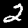
Label: 2